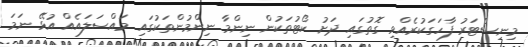
މިނިސްޓަރު ފާހަގަކުރެއްވި ގޮތުގައި ދަށު ކޯޓުތަކުން ނިންމާ ނިންމުންތަކުގައި މައްސަލައެއް އުޅޭ ނަމަ